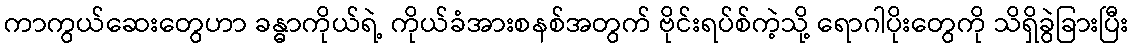
ကာကွယ်ဆေးတွေဟာ ခန္ဓာကိုယ်ရဲ့ ကိုယ်ခံအားစနစ်အတွက် ဗိုင်းရပ်စ်ကဲ့သို့ ရောဂါပိုးတွေကို သိရှိခွဲခြားပြီး